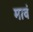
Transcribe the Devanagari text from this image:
मावं